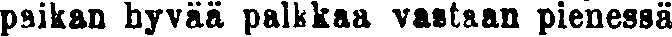
paikan hyvää palkkaa vastaan pienessä